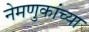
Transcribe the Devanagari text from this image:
नेमणुकांच्या